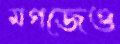
মগজেও